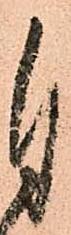
自